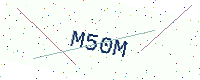
Text: M50M